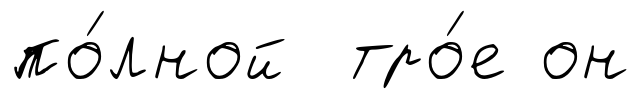
по́лной тро́е он